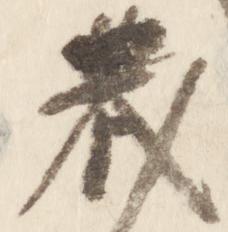
蔵